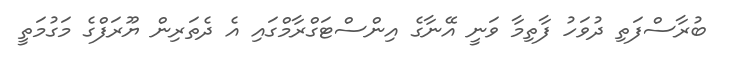
ބުރާސްފަތި ދުވަހު ފާތިމާ ވަނީ އޭނާގެ އިންސްޓަގްރާމްގައި އެ ދެތަރިން ޔޫރަފްގެ މަގުމަތީ